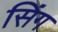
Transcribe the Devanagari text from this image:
सिंग